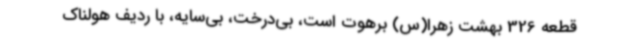
قطعه 326 بهشت زهرا(س) برهوت است، بی‌درخت، ‌بی‌سایه،‌ با ردیف هولناک